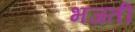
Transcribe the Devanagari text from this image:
भजती